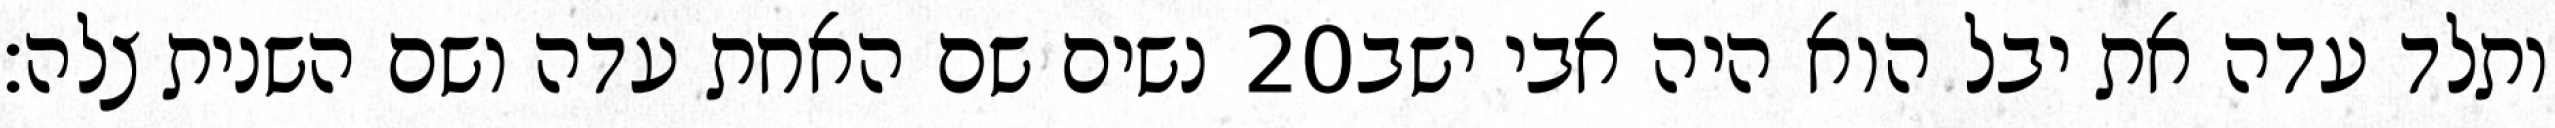
נשים שם האחת עדה ושם השנית צלה׃ ‎20‏ ותלד עדה את יבל הוא היה אבי ישב